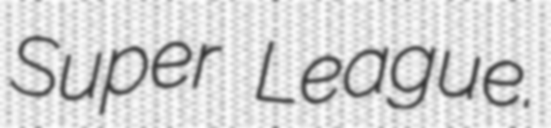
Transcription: Super League.